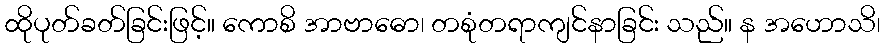
ထိုပုတ်ခတ်ခြင်းဖြင့်။ ကောစိ အာဗာဓော၊ တစုံတရာကျင်နာခြင်း သည်။ န အဟောသိ၊